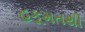
હકૂમતથી